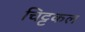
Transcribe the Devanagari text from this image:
चिट्टकल